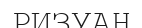
РИЗУАН